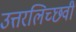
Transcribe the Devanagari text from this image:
उत्तरलिच्छवी